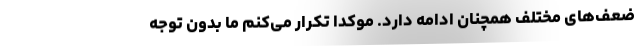
ضعف‌های مختلف همچنان ادامه دارد. موکداً تکرار می‌کنم ما بدون توجه